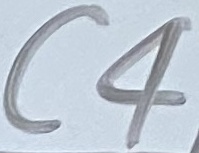
Text: C4